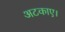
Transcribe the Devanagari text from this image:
अटकाए।